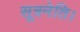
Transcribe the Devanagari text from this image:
सूत्रनेति।